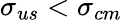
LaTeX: \sigma_{us}<\sigma_{cm}